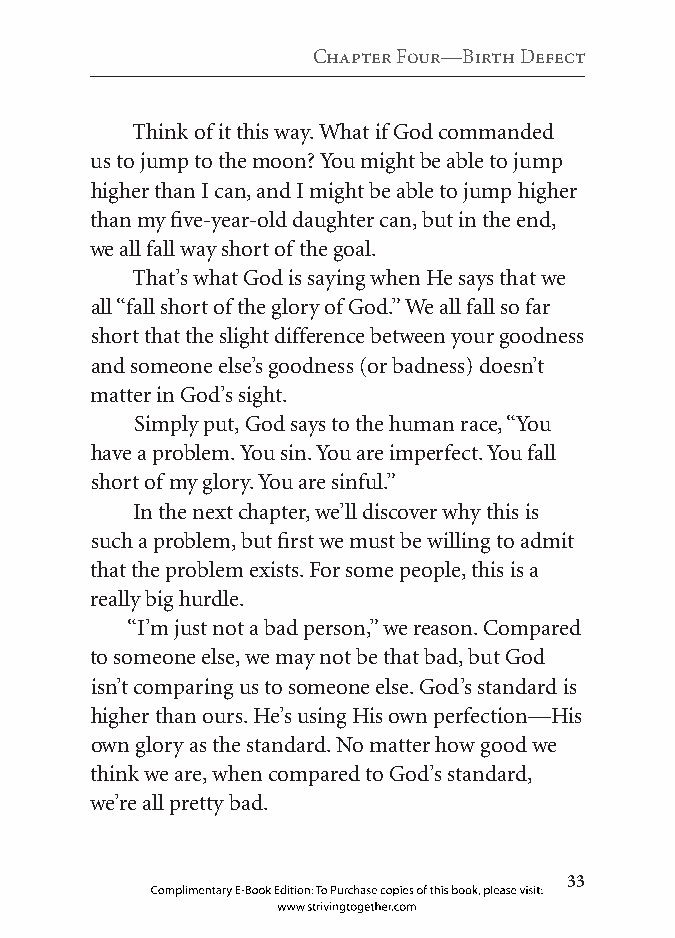
Chapter four—Birth Defect
 Think of it this way. What if God commanded
 us to jump to the moon? You might be able to jump
 higher than I can, and I might be able to jump higher
 than my five-year-old daughter can, but in the end,
 we all fall way short of the goal.
 That’s what God is saying when He says that we
 all “fall short of the glory of God.” We all fall so far
 short that the slight difference between your goodness
 and someone else’s goodness (or badness) doesn’t
 matter in God’s sight.
 Simply put, God says to the human race, “You
 have a problem. You sin. You are imperfect. You fall
 short of my glory. You are sinful.”
 In the next chapter, we’ll discover why this is
 such a problem, but first we must be willing to admit
 that the problem exists. For some people, this is a
 really big hurdle.
 “I’m just not a bad person,” we reason. Compared
 to someone else, we may not be that bad, but God
 isn’t comparing us to someone else. God’s standard is
 higher than ours. He’s using His own perfection—His
 own glory as the standard. No matter how good we
 think we are, when compared to God’s standard,
 we’re all pretty bad.
 
 Complimentary E-Book Edition: To Purchase copies of this book, please visit:
 www.strivingtogether.com